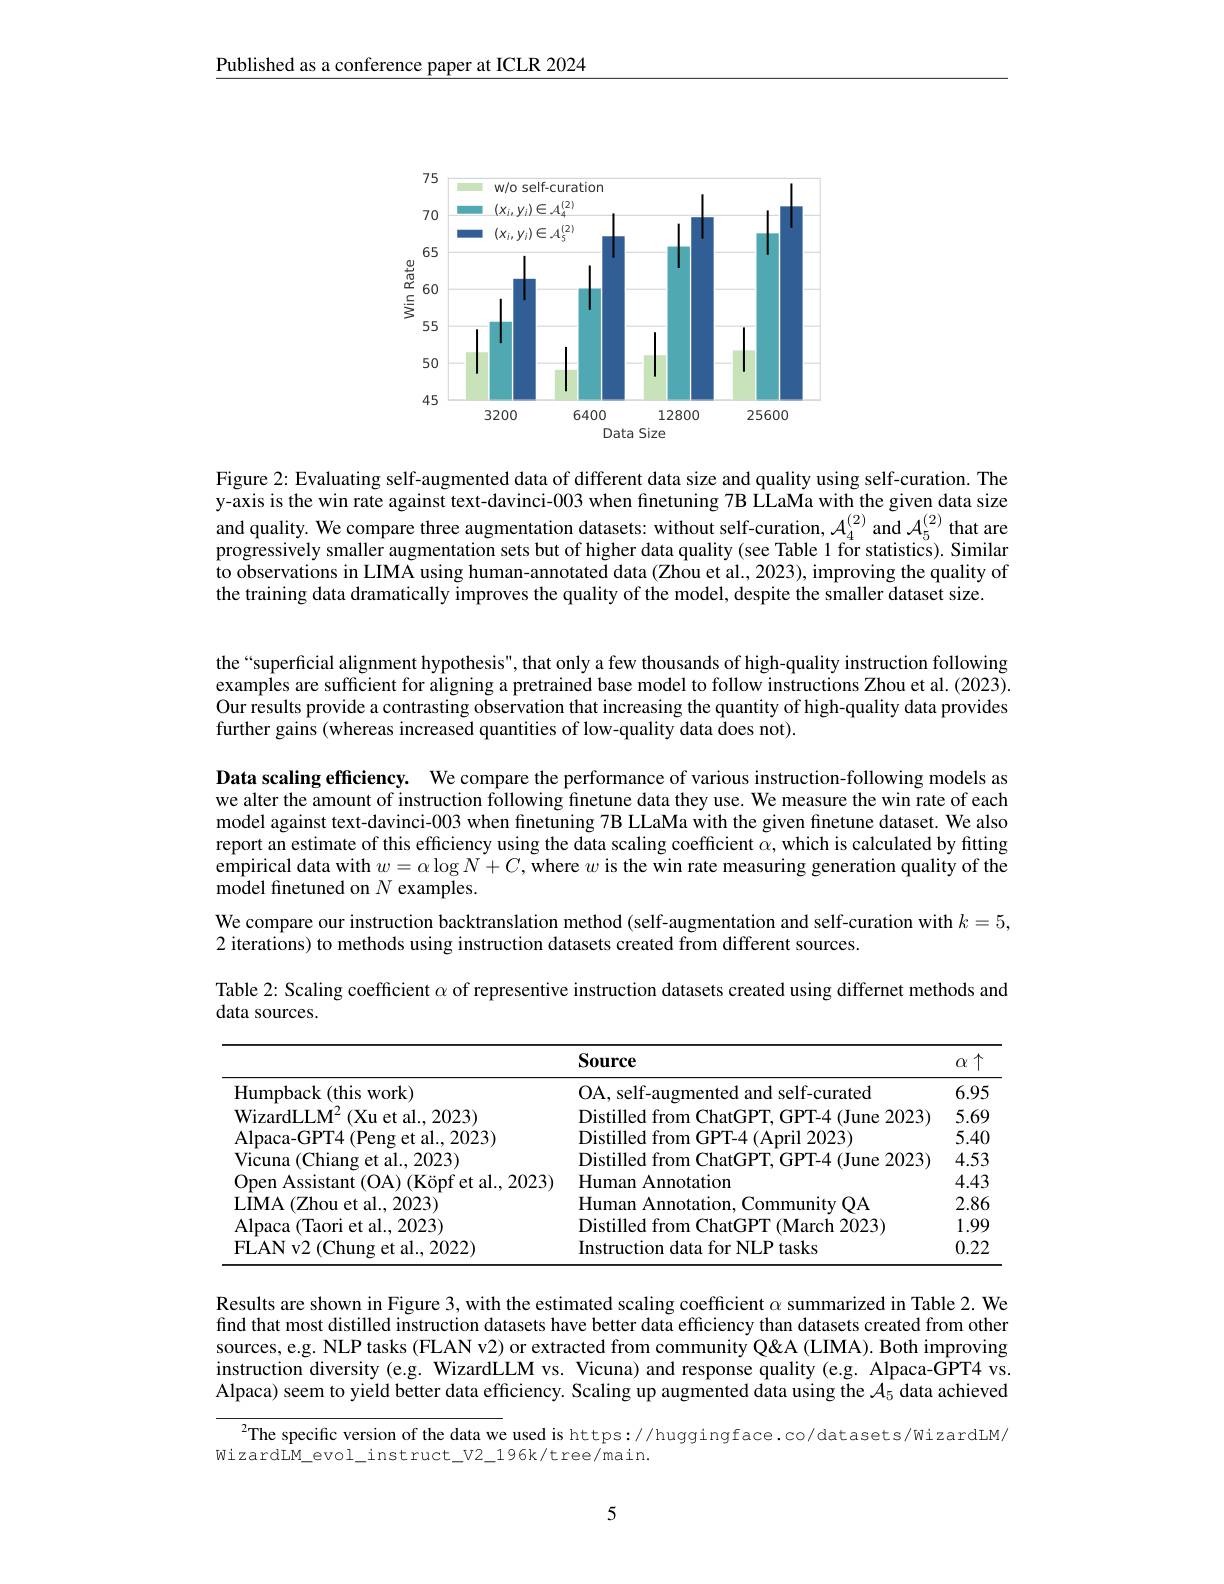
$\underline{\text{Published as a conference paper at ICLR 2024}}$

<FigureHere>

Figure 2: Evaluating self-augmented data of different data size and quality using self-curation. The y-axis is the win rate against text-davinci-003 when finetuning 7B LLaMa with the given data size and quality. We compare three augmentation datasets: without self-curation, $\mathcal{A}_4^{(2)}$ and $\mathcal{A}_5^{(2)}$ that are progressively smaller augmentation sets but of higher data quality (see Table 1 for statistics). Similar to observations in LIMA using human-annotated data (Zhou et al., 2023), improving the quality of the training data dramatically improves the quality of the model, despite the smaller dataset size.

the“superficial alignment hypothesis", that only a few thousands of high-quality instruction following examples are sufficient for aligning a pretrained base model to follow instructions Zhou et al.(2023). $\hat{\text{Our results provide a contrasting observation that increasing the quantity of high-quality data provides}}$ further gains (whereas increased quantities of low-quality data does not).

Data scaling efficiency. We compare the performance of various instruction-following models as we alter the amount of instruction following finetune data they use. We measure the win rate of each model against text-davinci-003 when finetuning 7B LLaMa with the given finetune dataset. We also report an estimate of this efficiency using the data scaling coefficient $\alpha$, which is calculated by fitting empirical data with $w=\alpha\log N+C$, where $w$ is the win rate measuring generation quality of the model finetuned on $N$ examples.
We compare our instruction backtranslation method (self-augmentation and self-curation with $k=5$,
2 iterations) to methods using instruction datasets created from different sources.
Table 2: Scaling coefficient $\alpha$ of representive instruction datasets created using differnet methods and

data sources.

<table>
	<tbody>
		<tr>
			<th> </th>
			<th>Source</th>
			<th>$\uparrow$ $\alpha$</th>
		</tr>
		<tr>
			<td>Humpback ( this work) </td>
			<td>OA. self-augmented and self-curated</td>
			<td>6.95</td>
		</tr>
		<tr>
			<td>WizardLL$M^{2}$ (Xu et al..2023)</td>
			<td>trnm $111me$ 2023</td>
			<td>5.69</td>
		</tr>
		<tr>
			<td>Alpaca-GPT4 (Peng et al..2023)</td>
			<td>Distilled from $\left(\begin{array}{c}{1}\\{1}\\{1}\end{array}\right)$ $E(Anri)$ 12023</td>
			<td>5.40</td>
		</tr>
		<tr>
			<td>Vicuna (Chiang et al., 2023)</td>
			<td>$|||st|||ed$ from Chat(iH (1)une 2023</td>
			<td>4.53</td>
		</tr>
		<tr>
			<td>Open Assistant (OA) (Köpf et al..2023)</td>
			<td>Humam annotation</td>
			<td>4.43</td>
		</tr>
		<tr>
			<td>LIMA ( Zhou et al. , 2023) </td>
			<td>Humam Community 0A Annotation</td>
			<td>2.86</td>
		</tr>
		<tr>
			<td>Alpaca ( Taori et al. , 2023) </td>
			<td>ed from $\mathbf{12023}$ Distille Chat( iP) $(March$</td>
			<td>1.99</td>
		</tr>
		<tr>
			<td>FLAN v2 ( Chung et al. , 2022) </td>
			<td>NLP tasks Instructio 1afo</td>
			<td>0.22</td>
		</tr>
	</tbody>
</table>

Results are shown in Figure 3, with the estimated scaling coefficient $\alpha$ summarized in Table 2. We find that most distilled instruction datasets have better data efficiency than datasets created from other sources, e.g. NLP tasks (FLAN v2) or extracted from community Q''Q'' A (LIMA). Both improving instruction diversity (e.g. WizardLLM vs. Vicuna) and response quality (e.g. Alpaca-GPT4 vs. Alpaca) seem to yield better data efficiency. Scaling up augmented data using the $\mathcal{A}_5$ data achieved

$^{2}$The specific version of the data we used is https://huggingface.co/datasets/WizardLM/

WizardLM\_evol\_instruct\_V2\_196k/tree/main.

5